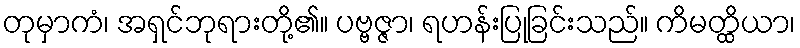
တုမှာကံ၊ အရှင်ဘုရားတို့၏။ ပဗ္ဗဇ္ဇာ၊ ရဟန်းပြုခြင်းသည်။ ကိမတ္ထိယာ၊